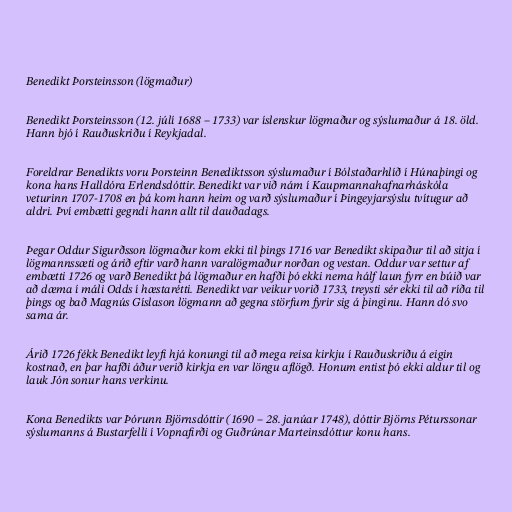
Benedikt Þorsteinsson (lögmaður)

Benedikt Þorsteinsson (12. júlí 1688 – 1733) var íslenskur lögmaður og sýslumaður á 18. öld.
Hann bjó í Rauðuskriðu í Reykjadal.

Foreldrar Benedikts voru Þorsteinn Benediktsson sýslumaður í Bólstaðarhlíð í Húnaþingi og
kona hans Halldóra Erlendsdóttir. Benedikt var við nám í Kaupmannahafnarháskóla
veturinn 1707-1708 en þá kom hann heim og varð sýslumaður í Þingeyjarsýslu tvítugur að
aldri. Því embætti gegndi hann allt til dauðadags.

Þegar Oddur Sigurðsson lögmaður kom ekki til þings 1716 var Benedikt skipaður til að sitja í
lögmannssæti og árið eftir varð hann varalögmaður norðan og vestan. Oddur var settur af
embætti 1726 og varð Benedikt þá lögmaður en hafði þó ekki nema hálf laun fyrr en búið var
að dæma í máli Odds í hæstarétti. Benedikt var veikur vorið 1733, treysti sér ekki til að ríða til
þings og bað Magnús Gíslason lögmann að gegna störfum fyrir sig á þinginu. Hann dó svo
sama ár.

Árið 1726 fékk Benedikt leyfi hjá konungi til að mega reisa kirkju í Rauðuskriðu á eigin
kostnað, en þar hafði áður verið kirkja en var löngu aflögð. Honum entist þó ekki aldur til og
lauk Jón sonur hans verkinu.

Kona Benedikts var Þórunn Björnsdóttir (1690 – 28. janúar 1748), dóttir Björns Péturssonar
sýslumanns á Bustarfelli í Vopnafirði og Guðrúnar Marteinsdóttur konu hans.